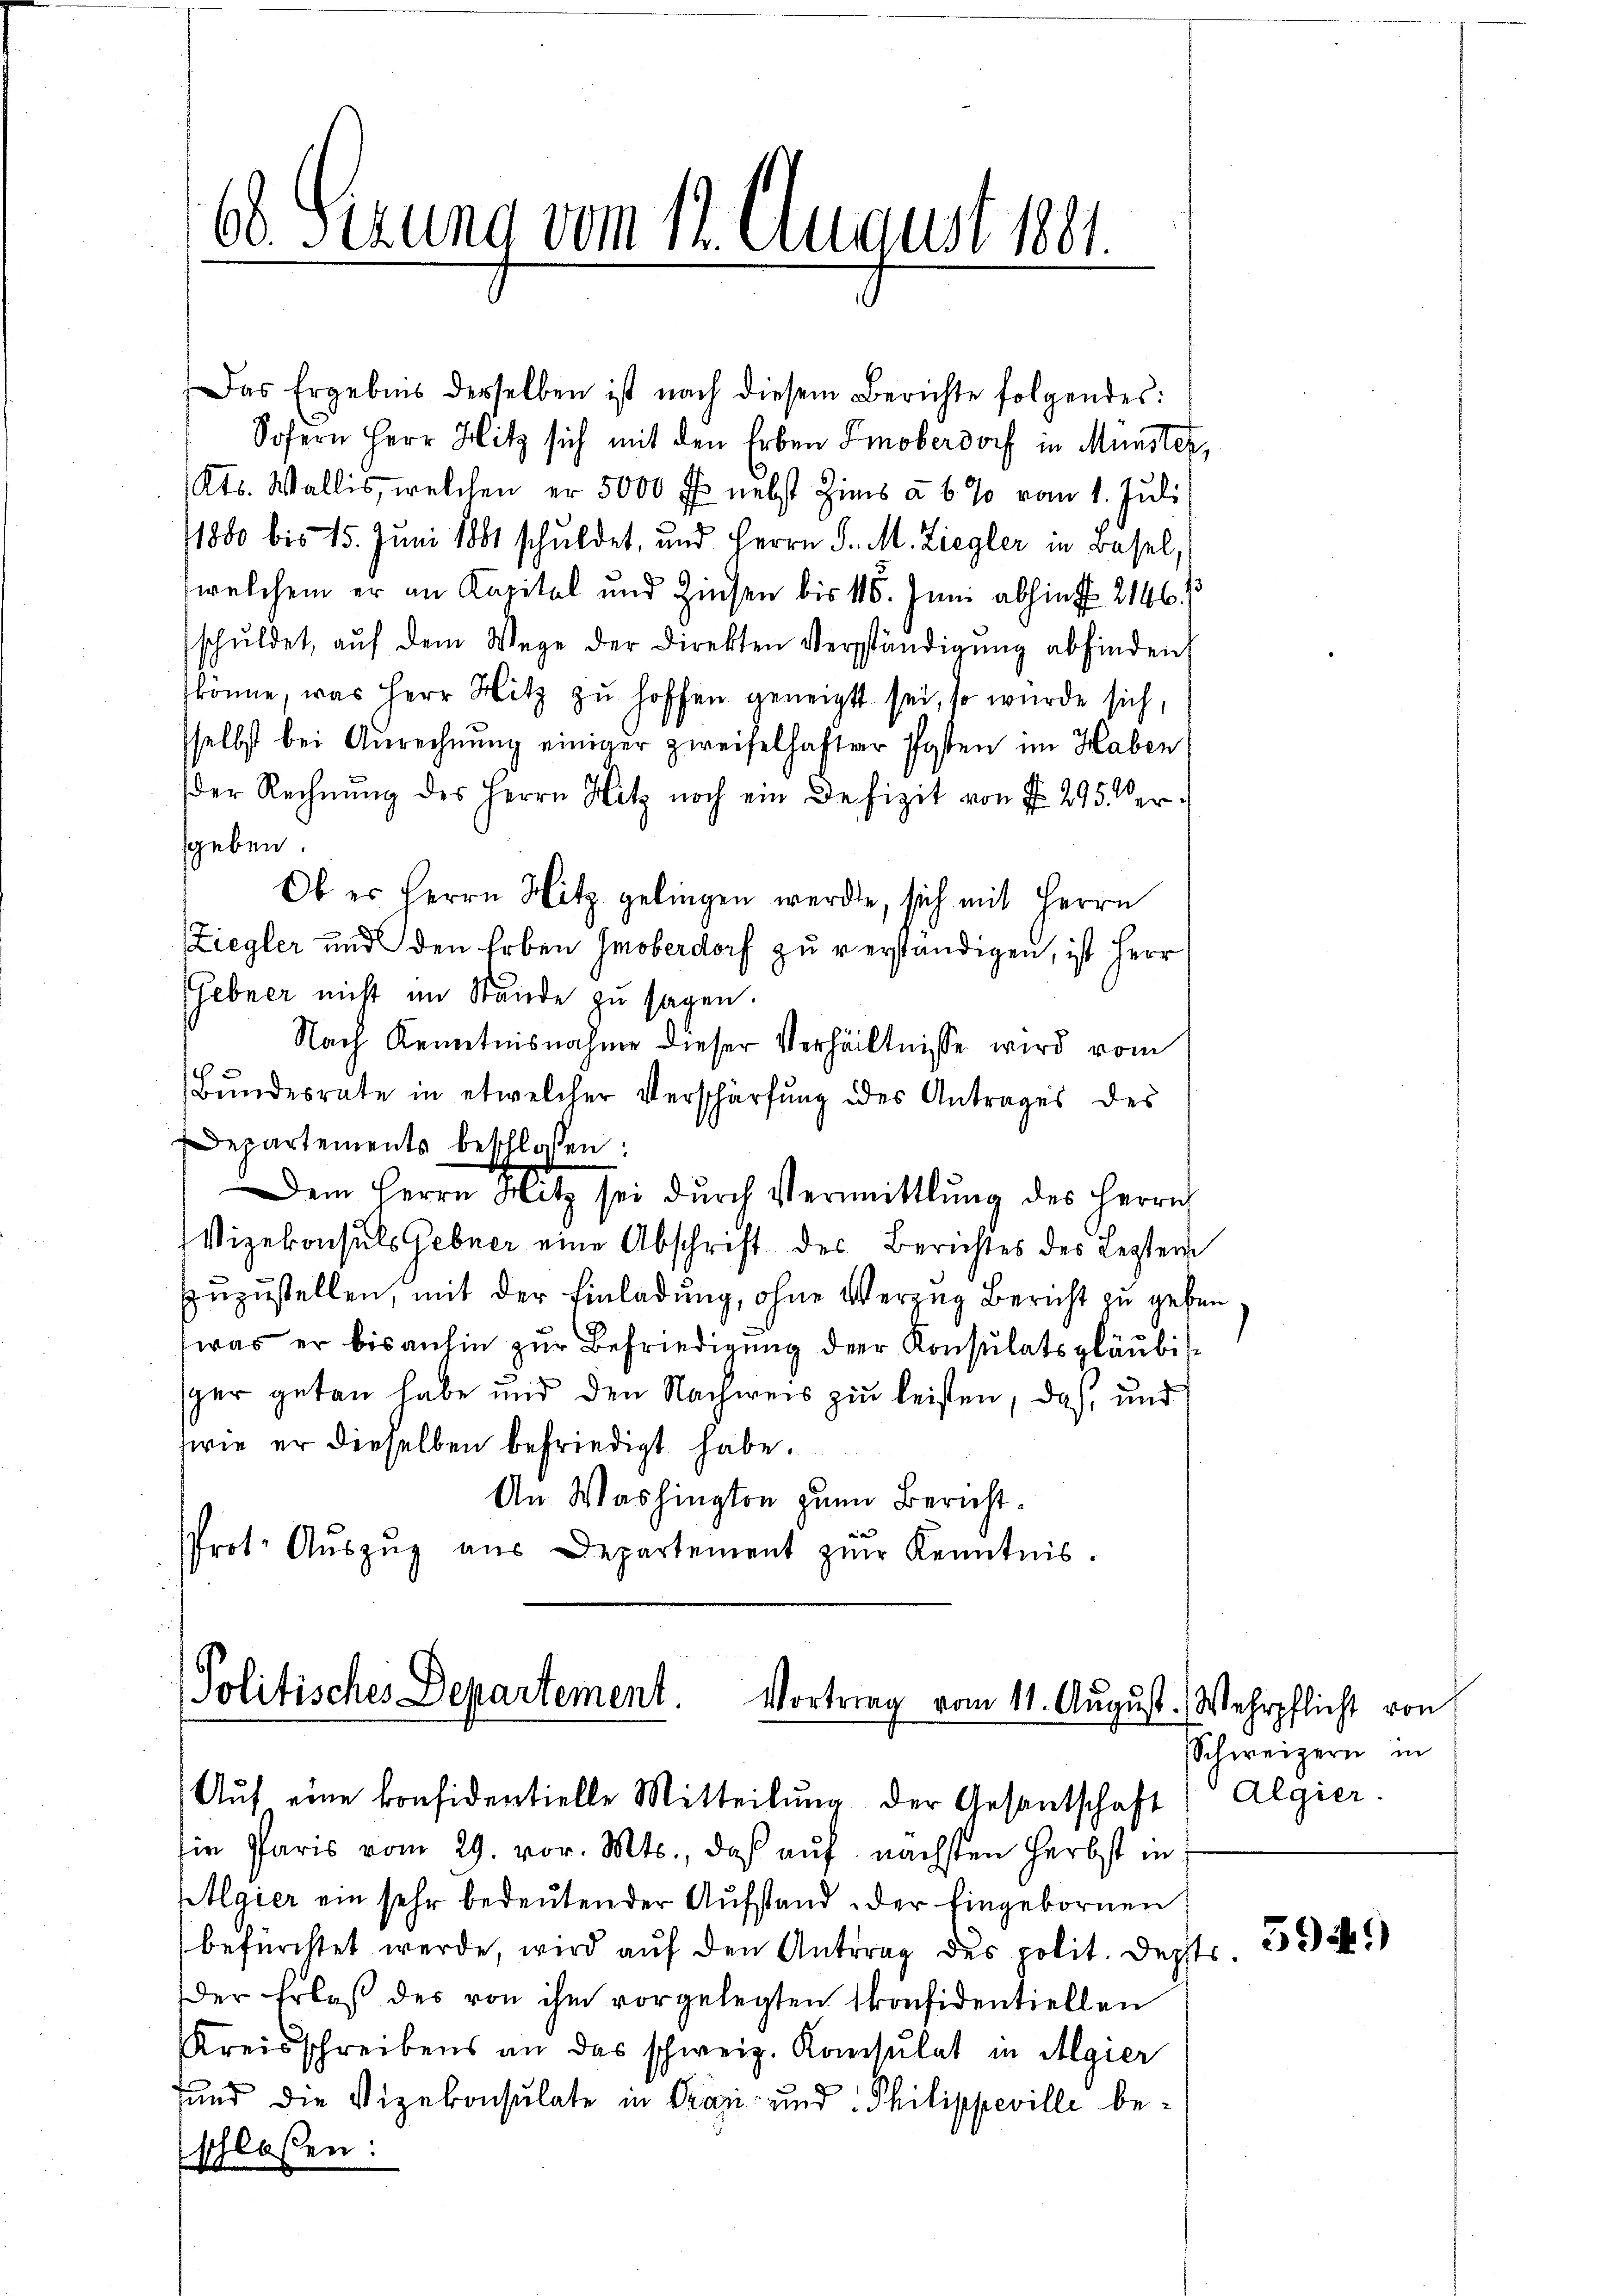
68. Sezung vom 12. August 1891.

Das Ergebnis derselben ist nach diesem Berichte folgendes:
Sofern Herr Hitz sich mit den Erben Emoberdorf in Münster,
Kts. Wallis, welchen er 5000 Fr. nebst Zins à 6 % vom 1. Juli
1880 bis 15. Juni 1881 schuldet, und Herrn J. M. Ziegler in Basel,
welchem er an Kapital und Zinsen bis 415. Juni abhint. 2146)
schŭldet, aŭf dem Wege der Direkten Verständigŭng abfinden
könne, was Herr Hitz zu hoffen geneigt sei, so wurde sich,
sselbst bei Anrechnung einiger zweifelhafter Posten im Haben
der Rechnŭng des Herrn Hitz noch ein Defizit von § 295 der
sgeben
Ob es Herrn Hitz gelingen werden, sich mit Herrn
(Ziegler und den Erben Imoberdorf zu verständigen, ist Herr
Gebner nicht im Stände zu sagen.
Nach Kenntnisnahme dieser Verhältnisse wird vom
Bŭndesrate in etwelcher Verschärfung des Antrages des
Departements beschloßen:
Dem Herrn Hitz sei dŭrch Vermittlung des Herrn
Vizekonsuls Gebner eine Abschrift des Berichtes des Leztern
zuzustellen, mit der Einladung, ohne Verzug Bericht zu geben
was er bis anhin zur Befriedigung der Konsulatsgläubisger getan habe und den Nachweis zu leisten, daß, und
wie er dieselben befriedigt habe.
An Washington zum Bericht¬
Prot. Aŭszŭg aŭs Departement zŭr Kenntnis.

Politisches Departement. Vortrag vom 11. August. Wehrpflicht von
Aŭf eine konsidentielle Mitteilŭng der Gesantschaft (Algier.

sie Paris vom 29. vor. Mts., daß auf nächsten Herbst in
Algier ein sehr bedeutender Aufstand der Eingebornen
befürchtet werde, wird auf den Antrag des polit. Depst
der Erlaβ des von ihm vorgelegten konsidentiellen
Kreisschreibens an das schweiz. Konsulat in Algier
sund die Vizekonsulate in Präsi- und Philippeville beschloßen:

Schweizern in

6

394)